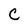
Character: C